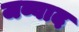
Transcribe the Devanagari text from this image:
जव्वाद